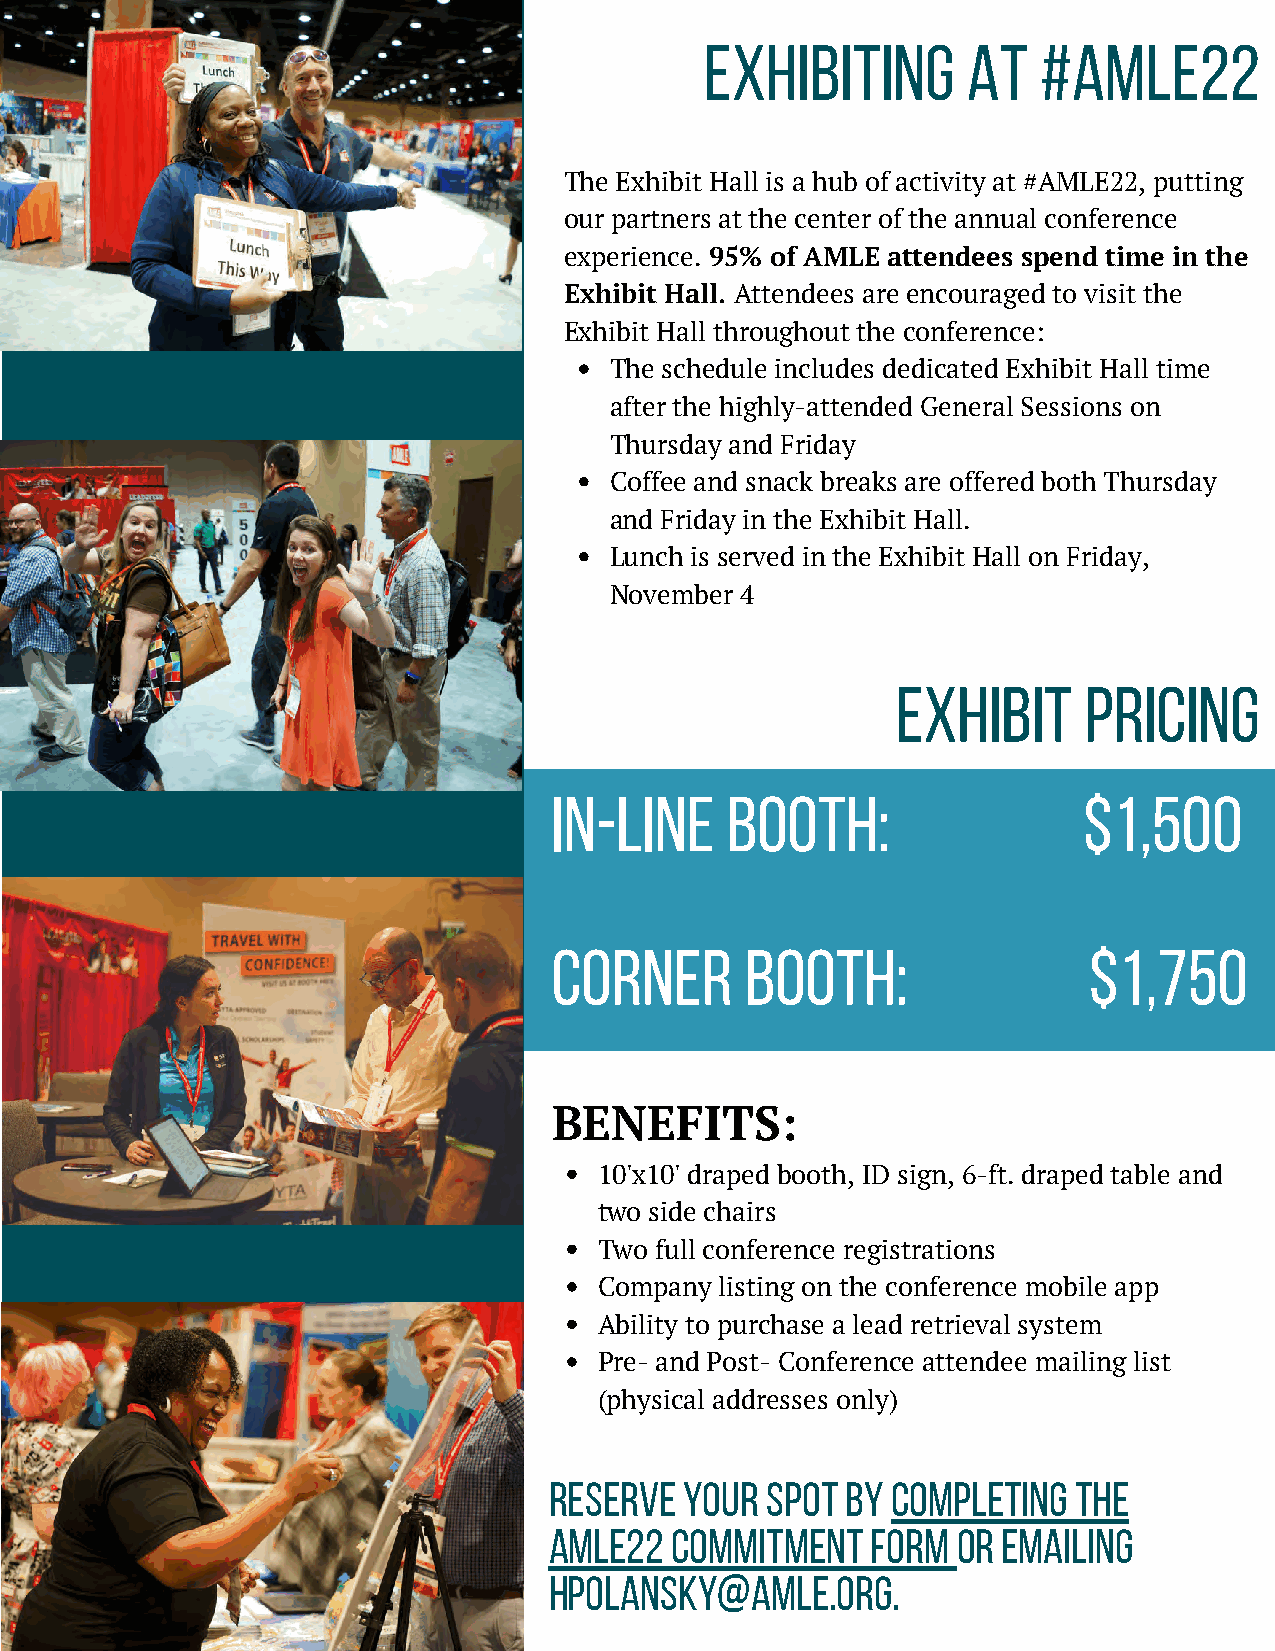
EXHIBITING       AT   #AMLE22
 The Exhibit Hall is a hub of activity at #AMLE22, putting
 our partners at the center of the annual conference
 experience. 95% of AMLE attendees spend time in the
 Exhibit Hall. Attendees are encouraged to visit the
 Exhibit Hall throughout the conference:
 The schedule includes dedicated Exhibit Hall time
 after the highly-attended General Sessions on
 Thursday and Friday
 Coffee and snack breaks are offered both Thursday
 and Friday in the Exhibit Hall.
 Lunch is served in the Exhibit Hall on Friday,
 November 4
 EXHIBIT      PRICING
 IN-LINE    BOOTH:                  $1,500
 CORNER      BOOTH:                 $1,750
 BENEFITS:
 10'x10' draped booth, ID sign, 6-ft. draped table and
 two side chairs
 Two full conference registrations
 Company listing on the conference mobile app
 Ability to purchase a lead retrieval system
 Pre- and Post- Conference attendee mailing list
 (physical addresses only)
 RESERVE  YOUR  SPOT BY COMPLETING  THE
 AMLE22  COMMITMENT    FORM OR EMAILING
 HPOLANSKY@AMLE.ORG.